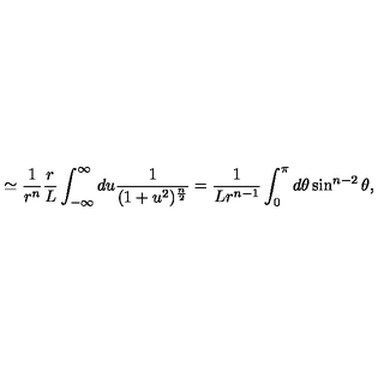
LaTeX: \simeq { \frac { 1 } { r ^ { n } } } { \frac { r } { L } } \int _ { - \infty } ^ { \infty } d u { \frac { 1 } { ( 1 + u ^ { 2 } ) ^ { \frac { n } { 2 } } } } = { \frac { 1 } { L r ^ { n - 1 } } } \int _ { 0 } ^ { \pi } d \theta \sin ^ { n - 2 } \theta ,